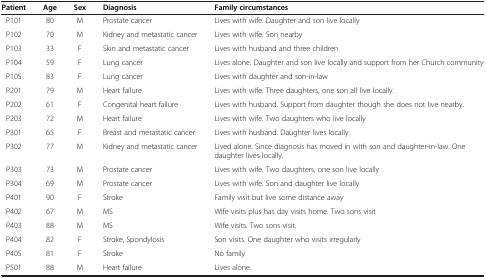
<table><thead><tr><td><b>Patient</b></td><td><b>Age</b></td><td><b>Sex</b></td><td><b>Diagnosis</b></td><td><b>Family circumstances</b></td></tr></thead><tbody><tr><td>P101</td><td>80</td><td>M</td><td>Prostate cancer</td><td>Lives with wife. Daughter and son live locally</td></tr><tr><td>P102</td><td>70</td><td>M</td><td>Kidney and metastatic cancer</td><td>Lives with wife. Son nearby</td></tr><tr><td>P103</td><td>33</td><td>F</td><td>Skin and metastatic cancer</td><td>Lives with husband and three children</td></tr><tr><td>P104</td><td>59</td><td>F</td><td>Lung cancer</td><td>Lives alone. Daughter and son live locally and support from her Church community</td></tr><tr><td>P105</td><td>83</td><td>F</td><td>Lung cancer</td><td>Lives with daughter and son-in-law</td></tr><tr><td>P201</td><td>79</td><td>M</td><td>Heart failure</td><td>Lives with wife. Three daughters, one son all live locally.</td></tr><tr><td>P202</td><td>61</td><td>F</td><td>Congenital heart failure</td><td>Lives with husband. Support from daughter though she does not live nearby.</td></tr><tr><td>P203</td><td>72</td><td>M</td><td>Heart failure</td><td>Lives with wife. Two daughters who live locally</td></tr><tr><td>P301</td><td>65</td><td>F</td><td>Breast and metastatic cancer</td><td>Lives with husband. Daughter lives locally</td></tr><tr><td>P302</td><td>77</td><td>M</td><td>Kidney and metastatic cancer</td><td>Lived alone. Since diagnosis has moved in with son and daughter-in-law. One daughter lives locally.</td></tr><tr><td>P303</td><td>73</td><td>M</td><td>Prostate cancer</td><td>Lives with wife. Two daughters, one son live locally</td></tr><tr><td>P304</td><td>69</td><td>M</td><td>Prostate cancer</td><td>Lives with wife. Son and daughter live locally</td></tr><tr><td>P401</td><td>90</td><td>F</td><td>Stroke</td><td>Family visit but live some distance away</td></tr><tr><td>P402</td><td>67</td><td>M</td><td>MS</td><td>Wife visits plus has day visits home. Two sons visit</td></tr><tr><td>P403</td><td>88</td><td>M</td><td>MS</td><td>Wife visits. Two sons visit.</td></tr><tr><td>P404</td><td>82</td><td>F</td><td>Stroke, Spondylosis</td><td>Son visits. One daughter who visits irregularly</td></tr><tr><td>P405</td><td>81</td><td>F</td><td>Stroke</td><td>No family</td></tr><tr><td>P501</td><td>88</td><td>M</td><td>Heart failure</td><td>Lives alone.</td></tr></tbody></table>